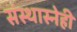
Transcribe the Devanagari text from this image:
संस्थास्नेही